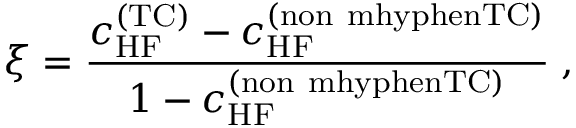
\xi = \frac { c _ { \mathrm { H F } } ^ { \mathrm { ( T C ) } } - c _ { \mathrm { H F } } ^ { \mathrm { ( n o n \ m h y p h e n T C ) } } } { 1 - c _ { \mathrm { H F } } ^ { \mathrm { ( n o n \ m h y p h e n T C ) } } } \; ,